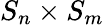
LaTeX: S_{n}\times S_{m}